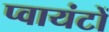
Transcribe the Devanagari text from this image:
प्वायंटों